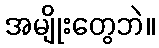
အမျိုးတွေဘဲ။